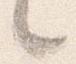
々